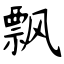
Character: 飘